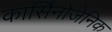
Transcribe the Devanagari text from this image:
कार्सिनोजेनिक